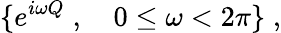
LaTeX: \{ e^{i\omega Q}\; ,\quad 0\le\omega<2\pi\} \; ,